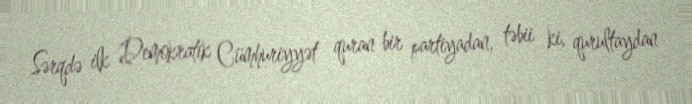
Sərqdə ilk Demokratik Cümhuriyyət quran bir partiyadan, təbii ki, qurultaydan